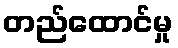
တည်ထောင်မှု